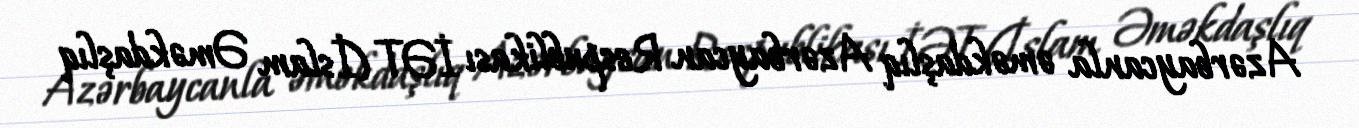
Azərbaycanla əməkdaşlıq Azərbaycan Respublikası İƏT (İslam Əməkdaşlıq